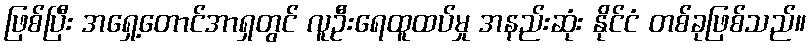
ဖြစ်ပြီး အရှေ့တောင်အာရှတွင် လူဦးရေထူထပ်မှု အနည်းဆုံး နိုင်ငံ တစ်ခုဖြစ်သည်။